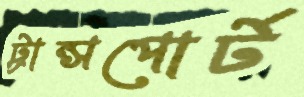
ট্রান্সপোর্ট